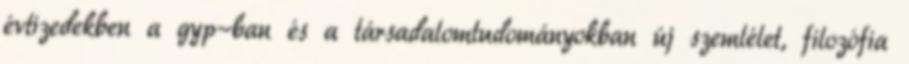
évtizedekben a gyp-ban és a társadalomtudományokban új szemlélet, filozófia